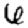
Digit: 6